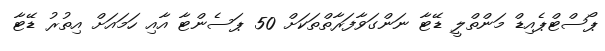
ޕޯސްޓްޕެއިޑް މަންތްލީ ޑޭޓާ ނަންގަވާފަރާތްތަކަށް 50 ޕަސެންޓާ އާއި ހަމައަށް އިތުރު ޑޭޓާ